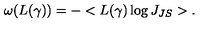
\omega ( L ( \gamma ) ) = - < L ( \gamma ) \log J _ { J S } > .